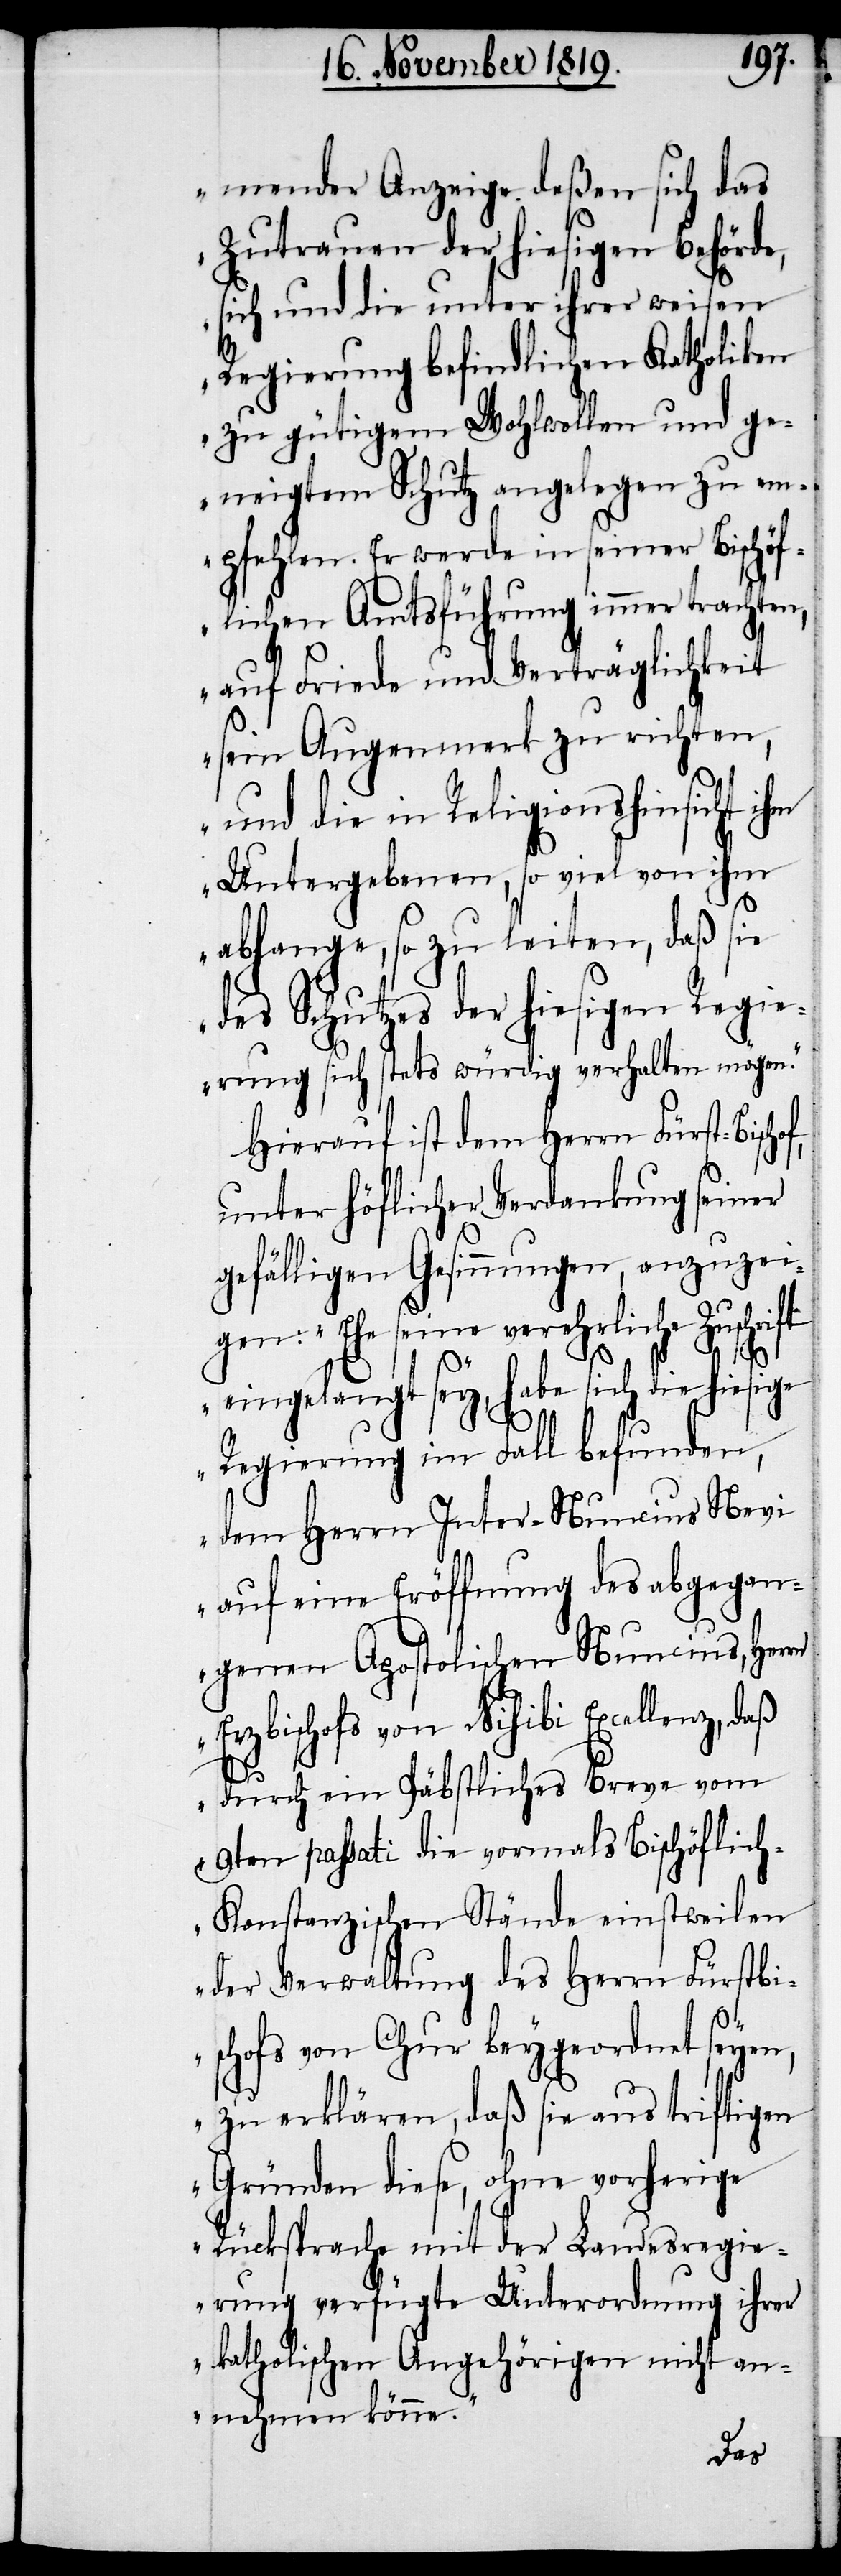
mender Anzeige deßen sich das
Zutrauen der hiesigen Behörde,
sich und die unter ihrer weisen
Regierung befindlichen Katholiken
zu gütigem Wohlwollen und ge¬
neigtem Schutz angelegen zu em¬
pfehlen. Er werde in seiner Bischöf¬
lichen Amtsführung immer trachten,
auf Friede und Verträglichkeit
sein Augenmerk zu richten,
und die in Religionshinsicht ihm
Untergebenen, so viel von ihm
abhange, so zu leiten, daß sie
des Schutzes der hiesigen Regie¬
rung sich stets würdig verhalten mögen.“
Hierauf ist dem Herrn Fürst-Bisch¬
unter höflicher Verdankung seiner
gefälligen Gesinnungen, anzuzei¬
gen: „Ehe seine verehrliche Zuschrift
o¬
f,
eingelangt sey, habe sich die hiesige
Regierung im Fall befunden,
dem Herrn Inter-Nuncius Nevi
auf eine Eröffnung des abgegan¬
genen Apostolischen Nuncius, Herrn
Erzbischofs von Nisibi Excellenz, daß
durch ein Päbstliches Breve vom
9ten passati die vormals Bischöflic¬
h-Konstanzischen Stände einstweilen
der Verwaltung des Herrn Fürstbi¬
schofs von Chur beygeordnet seyen,
zu erklären, daß sie aus triftigen
Gründen diese, ohne vorherige
Rücksprache mit der Landesregie¬
rung verfügte Unterordnung ihrer
katholischen Angehörigen nicht an¬
nhemen könne.“